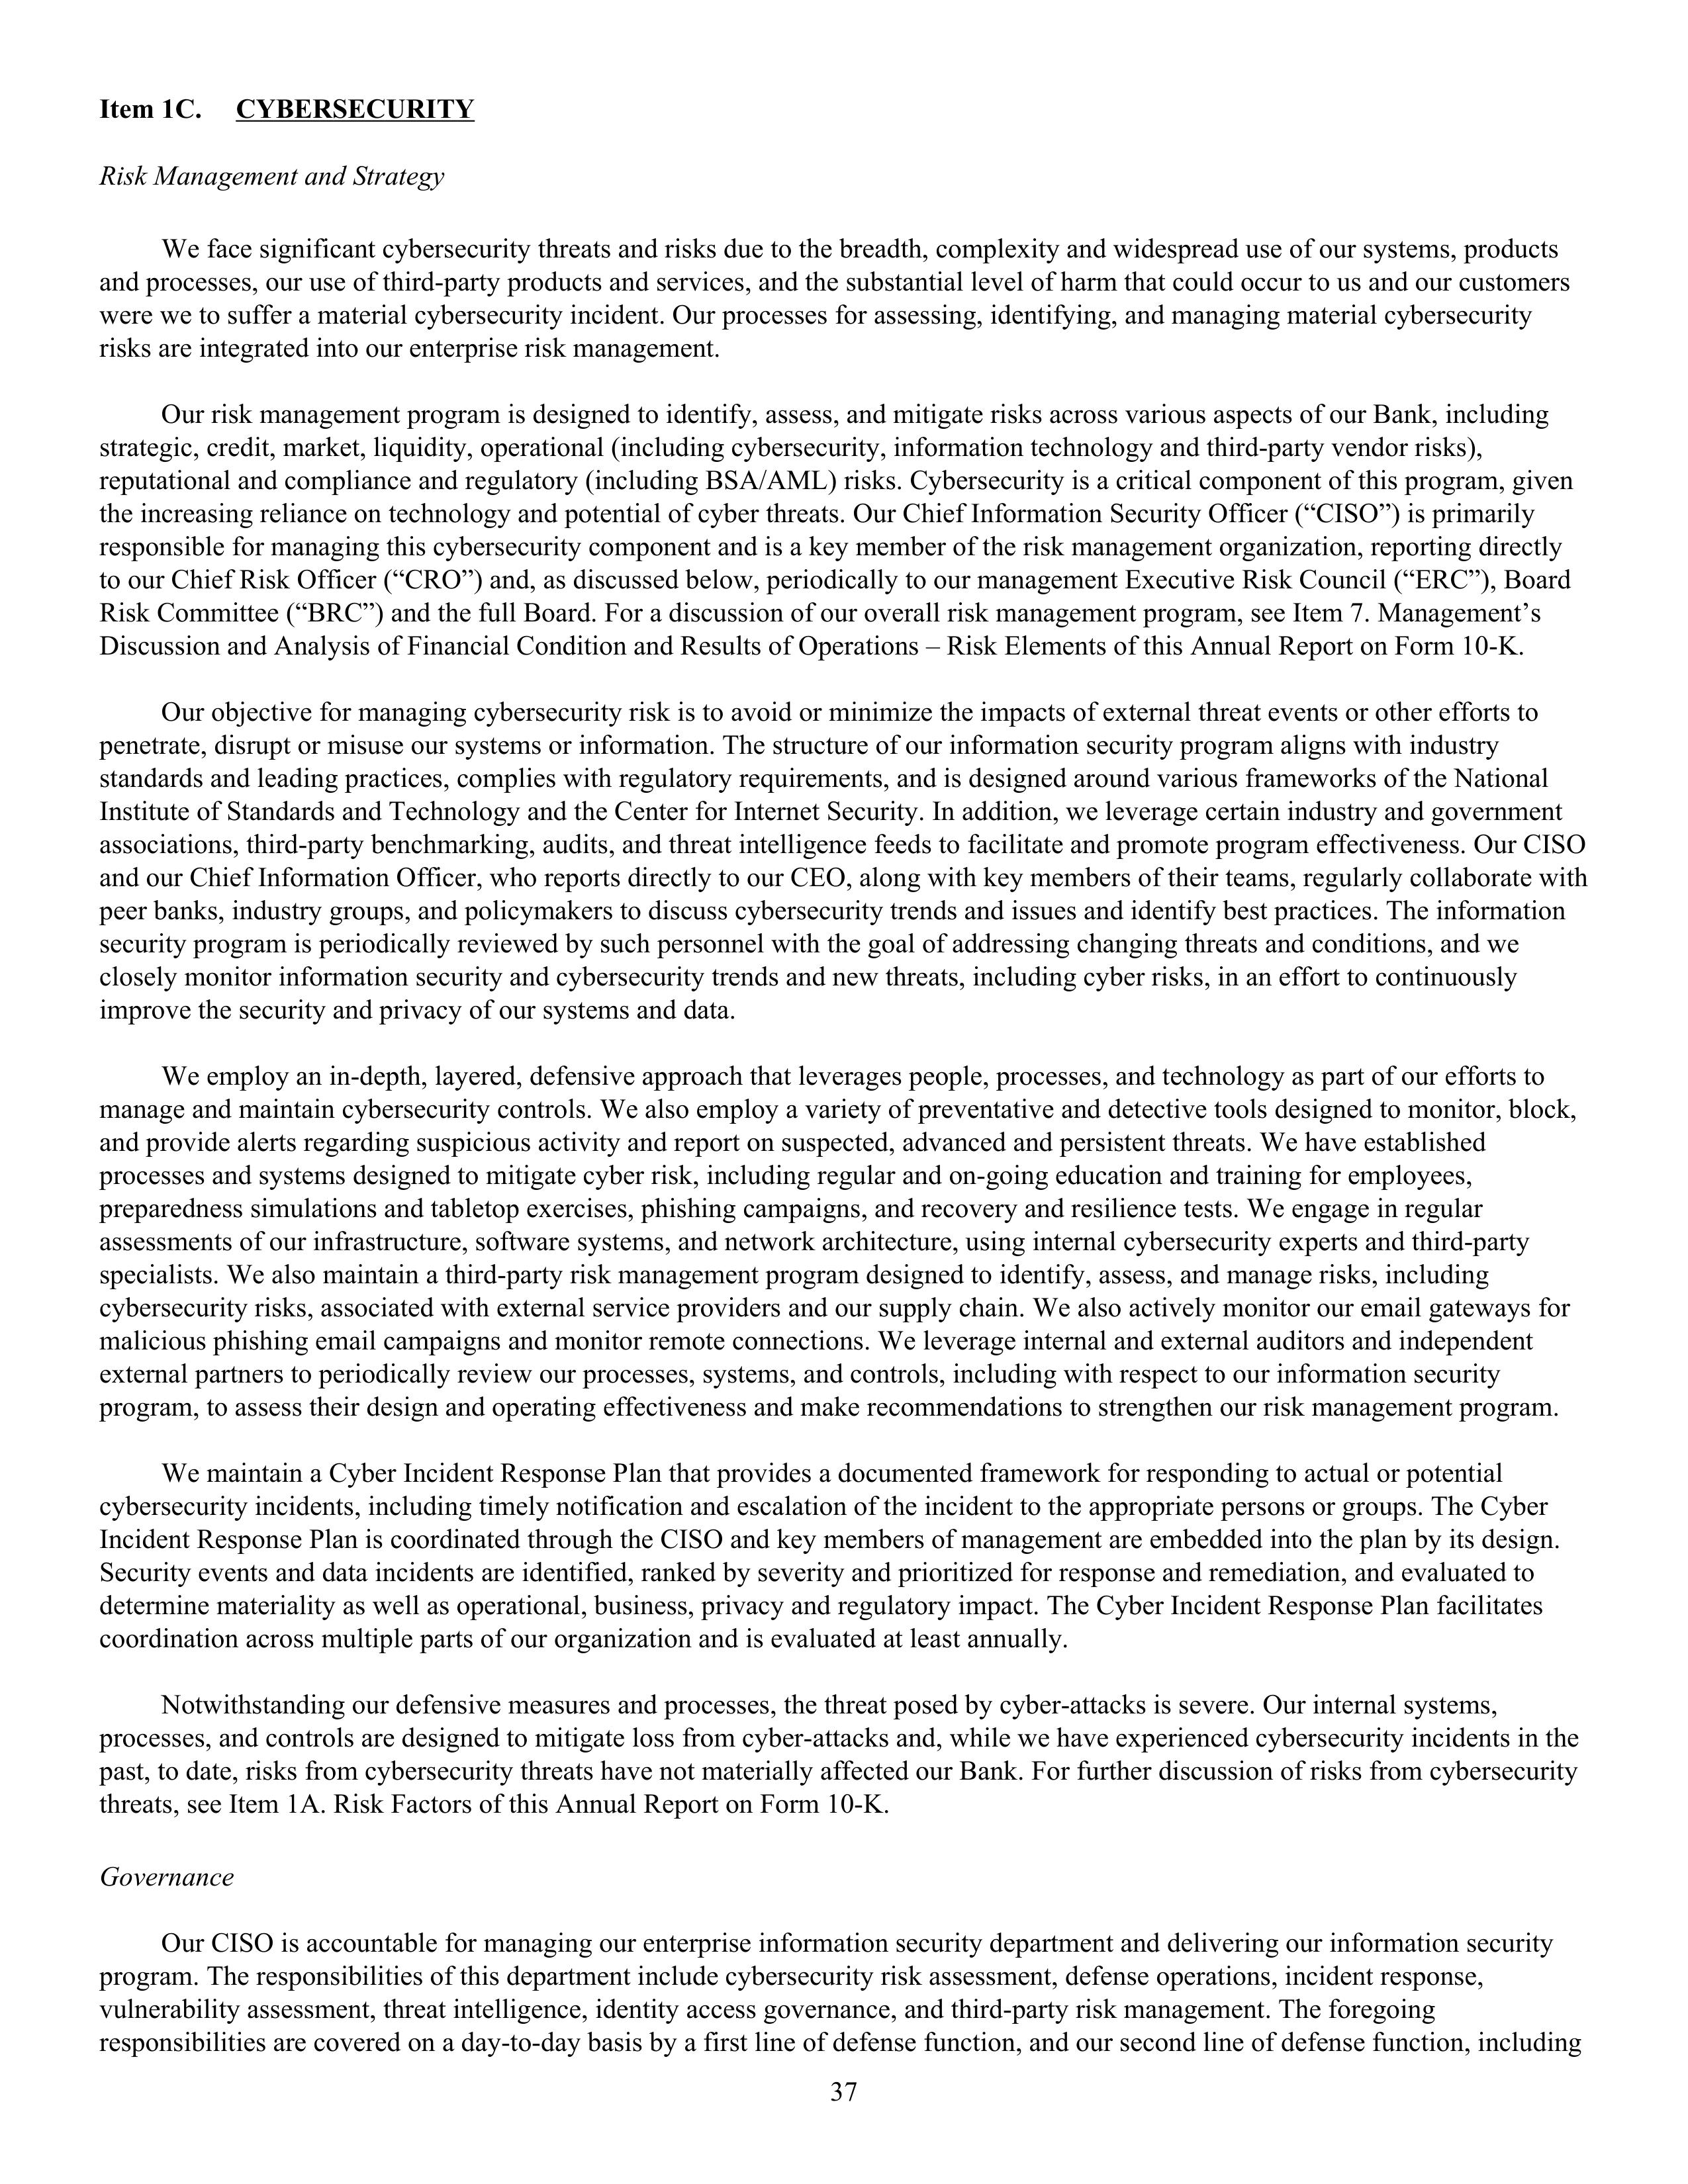
Item 1C.   CYBERSECURITY

Risk Management and Strategy

We face significant cybersecurity threats and risks due to the breadth, complexity and widespread use of our systems, products
and processes, our use of third-party products and services, and the substantial level of harm that could occur to us and our customers
were we to suffer a material cybersecurity incident. Our processes for assessing, identifying, and managing material cybersecurity
risks are integrated into our enterprise risk management.

Our risk management program is designed to identify, assess, and mitigate risks across various aspects of our Bank, including
strategic, credit, market, liquidity, operational (including cybersecurity, information technology and third-party vendor risks),
reputational and compliance and regulatory (including BSA/AML) risks. Cybersecurity is a critical component of this program, given
the increasing reliance on technology and potential of cyber threats. Our Chief Information Security Officer (“CISO”) is primarily
responsible for managing this cybersecurity component and is a key member of the risk management organization, reporting directly
to our Chief Risk Officer (“CRO”) and, as discussed below, periodically to our management Enterprise Risk Council (“ERC”), Board
Risk Committee (“BRC”) and the full Board. For a discussion of our overall risk management program, see Item 7. Management’s
Discussion and Analysis of Financial Condition and Results of Operations – Risk Elements of this Annual Report on Form 10-K.

Our objective for managing cybersecurity risk is to avoid or minimize the impacts of external threat events or other efforts to
penetrate, disrupt or misuse our systems or information. The structure of our information security program aligns with industry
standards and leading practices, complies with regulatory requirements, and is designed around various frameworks of the National
Institute of Standards and Technology and the Center for Internet Security. In addition, we leverage certain industry and government
associations, third-party benchmarking, audits, and threat intelligence feeds to facilitate and promote program effectiveness. Our CISO
and our Chief Information Officer, who reports directly to our CEO, along with key members of their teams, regularly collaborate with
peer banks, industry groups, and policymakers to discuss cybersecurity trends and issues and identify best practices. The information
security program is periodically reviewed by such personnel with the goal of addressing changing threats and conditions, and we
closely monitor information security and cybersecurity trends and new threats, including cyber risks, in an effort to continuously
improve the security and privacy of our systems and data.

We employ an in-depth, layered, defensive approach that leverages people, processes, and technology as part of our efforts to
manage and maintain cybersecurity controls. We also employ a variety of preventative and detective tools designed to monitor, block,
and provide alerts regarding suspicious activity and report on suspected, advanced and persistent threats. We have established
processes and systems designed to mitigate cyber risk, including regular and on-going education and training for employees,
preparedness simulations and tabletop exercises, phishing campaigns, and recovery and resilience tests. We engage in regular
assessments of our infrastructure, software systems, and network architecture, using internal cybersecurity experts and third-party
specialists. We also maintain a third-party risk management program designed to identify, assess, and manage risks, including
cybersecurity risks, associated with external service providers and our supply chain. We also actively monitor our email gateways for
malicious phishing email campaigns and monitor remote connections. We leverage internal and external auditors and independent
external partners to periodically review our processes, systems, and controls, including with respect to our information security
program, to assess their design and operating effectiveness and make recommendations to strengthen our risk management program.

We maintain a Cyber Incident Response Plan that provides a documented framework for responding to actual or potential
cybersecurity incidents, including timely notification and escalation of the incident to the appropriate persons or groups. The Cyber
Incident Response Plan is coordinated through the CISO and key members of management are embedded into the plan by its design.
Security events and data incidents are identified, ranked by severity and prioritized for response and remediation, and evaluated to
determine materiality as well as operational, business, privacy and regulatory impact. The Cyber Incident Response Plan facilitates
coordination across multiple parts of our organization and is evaluated at least annually.

Notwithstanding our defensive measures and processes, the threat posed by cyber-attacks is severe. Our internal systems,
processes, and controls are designed to mitigate loss from cyber-attacks, and while we have experienced cybersecurity incidents in the
past, to date, risks from cybersecurity threats have not materially affected our Bank. For further discussion of risks from cybersecurity
threats, see Item 1A. Risk Factors of this Annual Report on Form 10-K.

Governance

Our CISO is accountable for managing our enterprise information security department and delivering our information security
program. The responsibilities of this department include cybersecurity risk assessment, defense operations, incident response,
vulnerability assessment, threat intelligence, identity access governance, and third-party risk management. The foregoing
responsibilities are covered on a day-to-day basis by a first line of defense function, and our second line of defense function, including

37